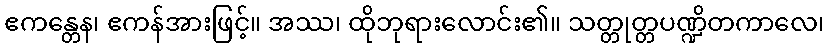
ဧကန္တေန၊ ဧကန်အားဖြင့်။ အဿ၊ ထိုဘုရားလောင်း၏။ သတ္တုတ္တပဏ္ဍိတကာလေ၊